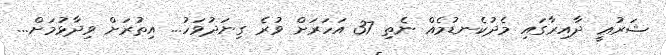
ޝަރުޢީ ދާއިރާގައި މެދުކެނޑުމެއް ނެތި 37 އަހަރަށް ވުރެ ގިނަދުވަހު... އިތުރަށް ވިދާޅުމަށް...